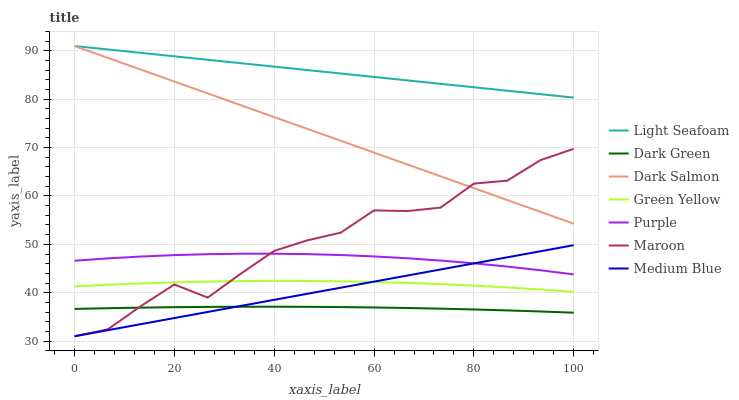
| xaxis_label | Light Seafoam | Dark Green | Dark Salmon | Green Yellow | Purple | Maroon | Medium Blue |
 | --- | --- | --- | --- | --- | --- | --- | --- |
 | 0 | 91 | 36.7 | 91 | 41.3 | 46.6 | 31 | 31 |
 | 6.67 | 90.3 | 36.8 | 88.6 | 41.6 | 47.1 | 32.4 | 32.3 |
 | 13.3 | 89.6 | 36.9 | 86.1 | 41.9 | 47.5 | 37.3 | 33.5 |
 | 20 | 88.9 | 37 | 83.7 | 42.1 | 47.8 | 41.7 | 34.8 |
 | 26.7 | 88.2 | 37.1 | 81.2 | 42.3 | 48 | 39 | 36 |
 | 33.3 | 87.4 | 37.1 | 78.8 | 42.4 | 48.1 | 44 | 37.3 |
 | 40 | 86.7 | 37.1 | 76.3 | 42.4 | 48.1 | 48.7 | 38.5 |
 | 46.7 | 86 | 37.1 | 73.9 | 42.4 | 48 | 50.8 | 39.8 |
 | 53.3 | 85.3 | 37 | 71.4 | 42.4 | 47.8 | 52.4 | 41 |
 | 60 | 84.6 | 37 | 69 | 42.2 | 47.5 | 57 | 42.3 |
 | 66.7 | 83.9 | 36.8 | 66.5 | 42 | 47.1 | 56.9 | 43.5 |
 | 73.3 | 83.2 | 36.7 | 64.1 | 41.8 | 46.6 | 57.6 | 44.8 |
 | 80 | 82.5 | 36.5 | 61.6 | 41.5 | 46.1 | 62.6 | 46.1 |
 | 86.7 | 81.8 | 36.3 | 59.2 | 41.1 | 45.4 | 63.2 | 47.3 |
 | 93.3 | 81.1 | 36.1 | 56.7 | 40.7 | 44.6 | 67.4 | 48.6 |
 | 100 | 80.3 | 35.9 | 54.3 | 40.2 | 43.8 | 69.7 | 49.8 |